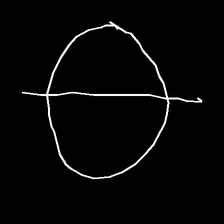
Glyph: orb